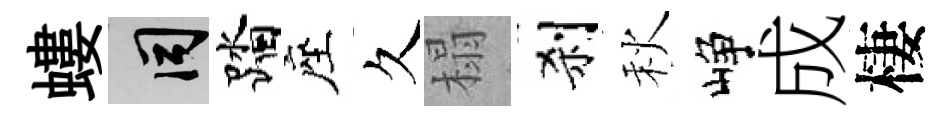
螻间踏座久榻刹秋峥成棲